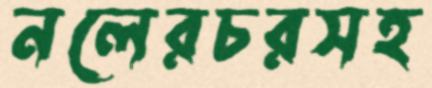
নলেরচরসহ